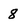
Character: 8